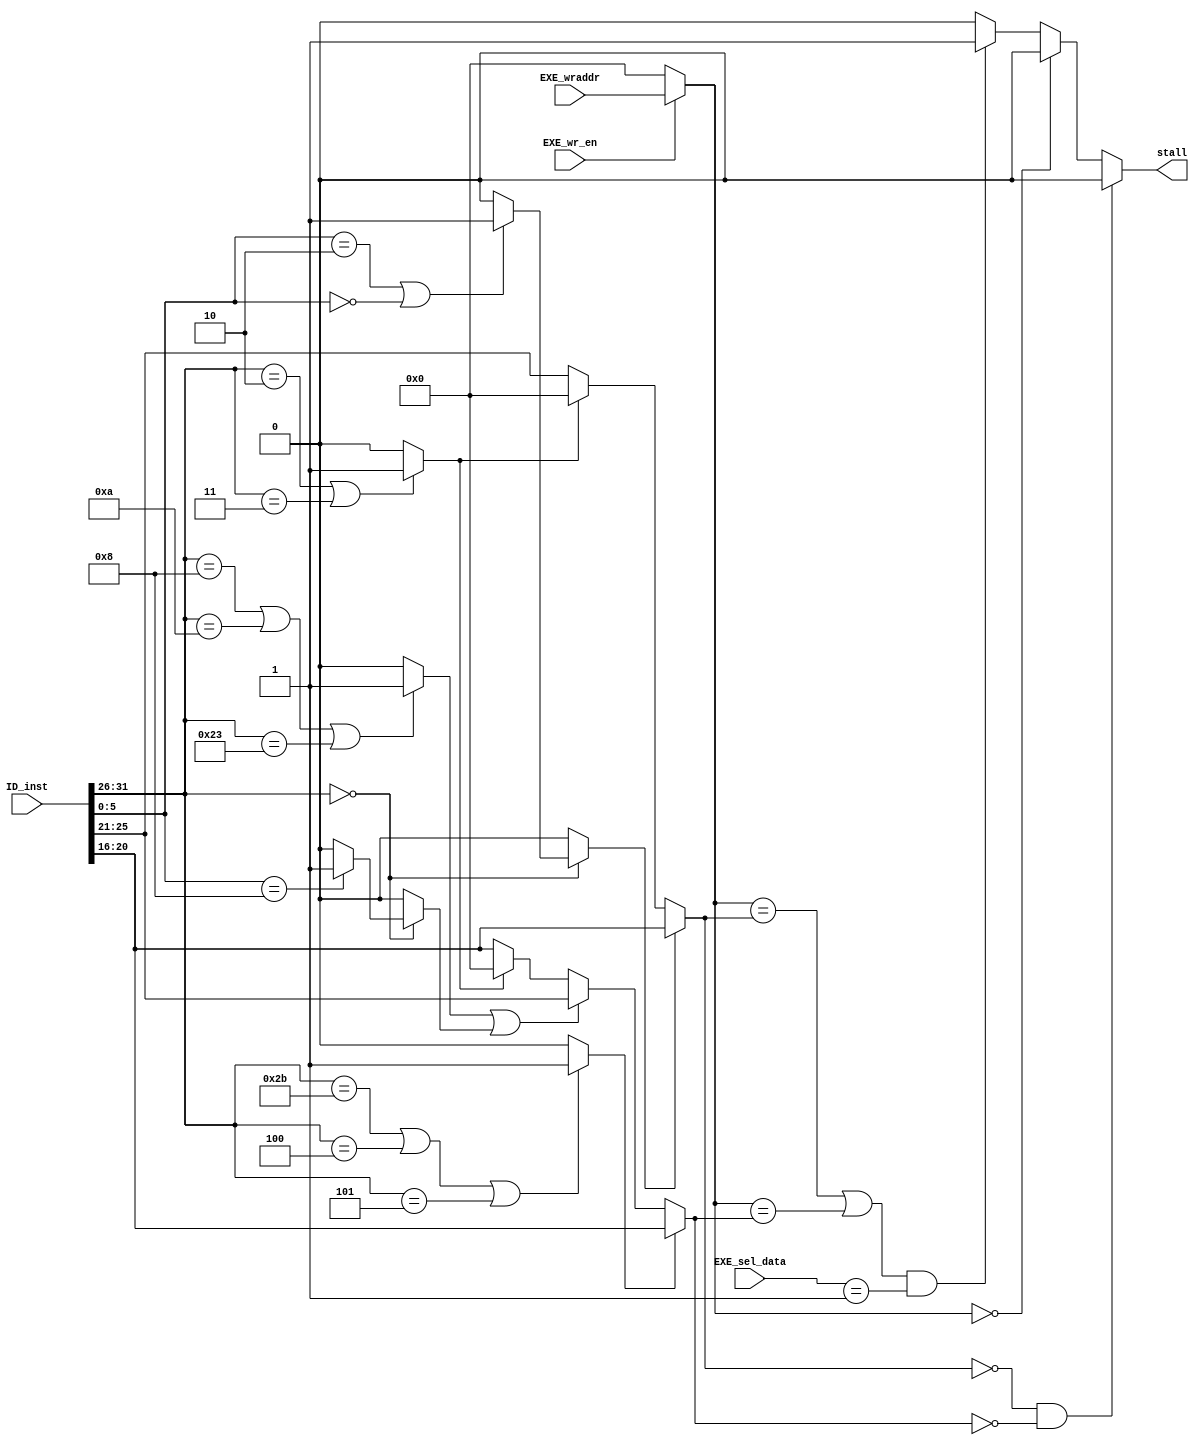
module stalling_unit(
	input [31:0] ID_inst,
	input [4:0] EXE_wraddr,
	input [1:0] EXE_sel_data,
	input EXE_wr_en,
	output stall
);
	// Parameters for func & opcode
	parameter SLL = 6'h00;	// func
	parameter SRL = 6'h02;	// func
	parameter JR = 6'h08;	// func

	parameter ADDI = 6'h08;	// opcode
	parameter SLTI = 6'h0a;	// opcode
	parameter LW = 6'h23;	// opcode
	parameter SW = 6'h2b;	// opcode
	parameter BEQ = 6'h04;	// opcode
	parameter BNE = 6'h05;	// opcode

	parameter JUMP = 6'h02;	// opcode
	parameter JAL = 6'h03;	// opcode

	wire [4:0] ID_read1, ID_read2;				// Registers being read from
	wire [4:0] EXE_write;						// Register being written to
	
	wire [5:0] ID_opcode, ID_func;
	wire [4:0] ID_rs, ID_rt;

	wire Rtype1, Rtype2, Itype1, Itype2, JtypeJR, Jtype;	// determines the inst type
															// Rtype1: ADD, SUB, SLT
															// Rtype2: SLL, SRL
															// Itype1: ADDI, SLTI, LW
															// Itype2: SW, BEQ, BNE
															// JtypeJR: JR
															// Jtype: J, JAL

	assign Rtype2 = (ID_opcode == 6'd0)? (((ID_func == SRL)||(ID_func == SLL))? 1: 0 ) : 0;
	assign Rtype1 = ~Rtype2;
	assign Jtype = (ID_opcode == JUMP)||(ID_opcode == JAL)? 1 : 0;
	assign Itype1 = ((ID_opcode == ADDI)||(ID_opcode == SLTI)||(ID_opcode == LW))? 1 : 0;
	assign Itype2 = ((ID_opcode == SW)||(ID_opcode == BEQ)||(ID_opcode == BNE))? 1 : 0;
	assign JtypeJR = (ID_opcode == 6'h0)? ((ID_func == JR)? 1: 0) : 0;

	assign ID_opcode = ID_inst[31:26];
	assign ID_func = ID_inst[5:0];
	assign ID_rs = ID_inst[25:21];
	assign ID_rt = ID_inst[20:16];

	// Assign read registers & write registers
	assign ID_read1 = Rtype2? ID_rt : (Jtype? 5'h0 : ID_rs );
	assign ID_read2 = Itype2? ID_rt : ((Itype1 || JtypeJR)? ID_rs : (Jtype? 5'h0:  ID_rt));
	
	assign EXE_write = EXE_wr_en? EXE_wraddr : 6'h0;

	// Check for stalls from the EXE stage
	always@(*) begin
		if((ID_read1 == 0) && (ID_read2 == 0))
			stall = 0;
		else begin
			if(EXE_write == 0)
				stall = 0;
			else begin
				// Check if EXE_instruction is LW
				if( ((EXE_write == ID_read1) || (EXE_write == ID_read2)) && (EXE_sel_data == 2'd1) )
					stall = 1;
				else
					stall = 0;
			end
		end
	end
endmodule